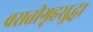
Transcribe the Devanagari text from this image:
वसतीगृहसुद्धा